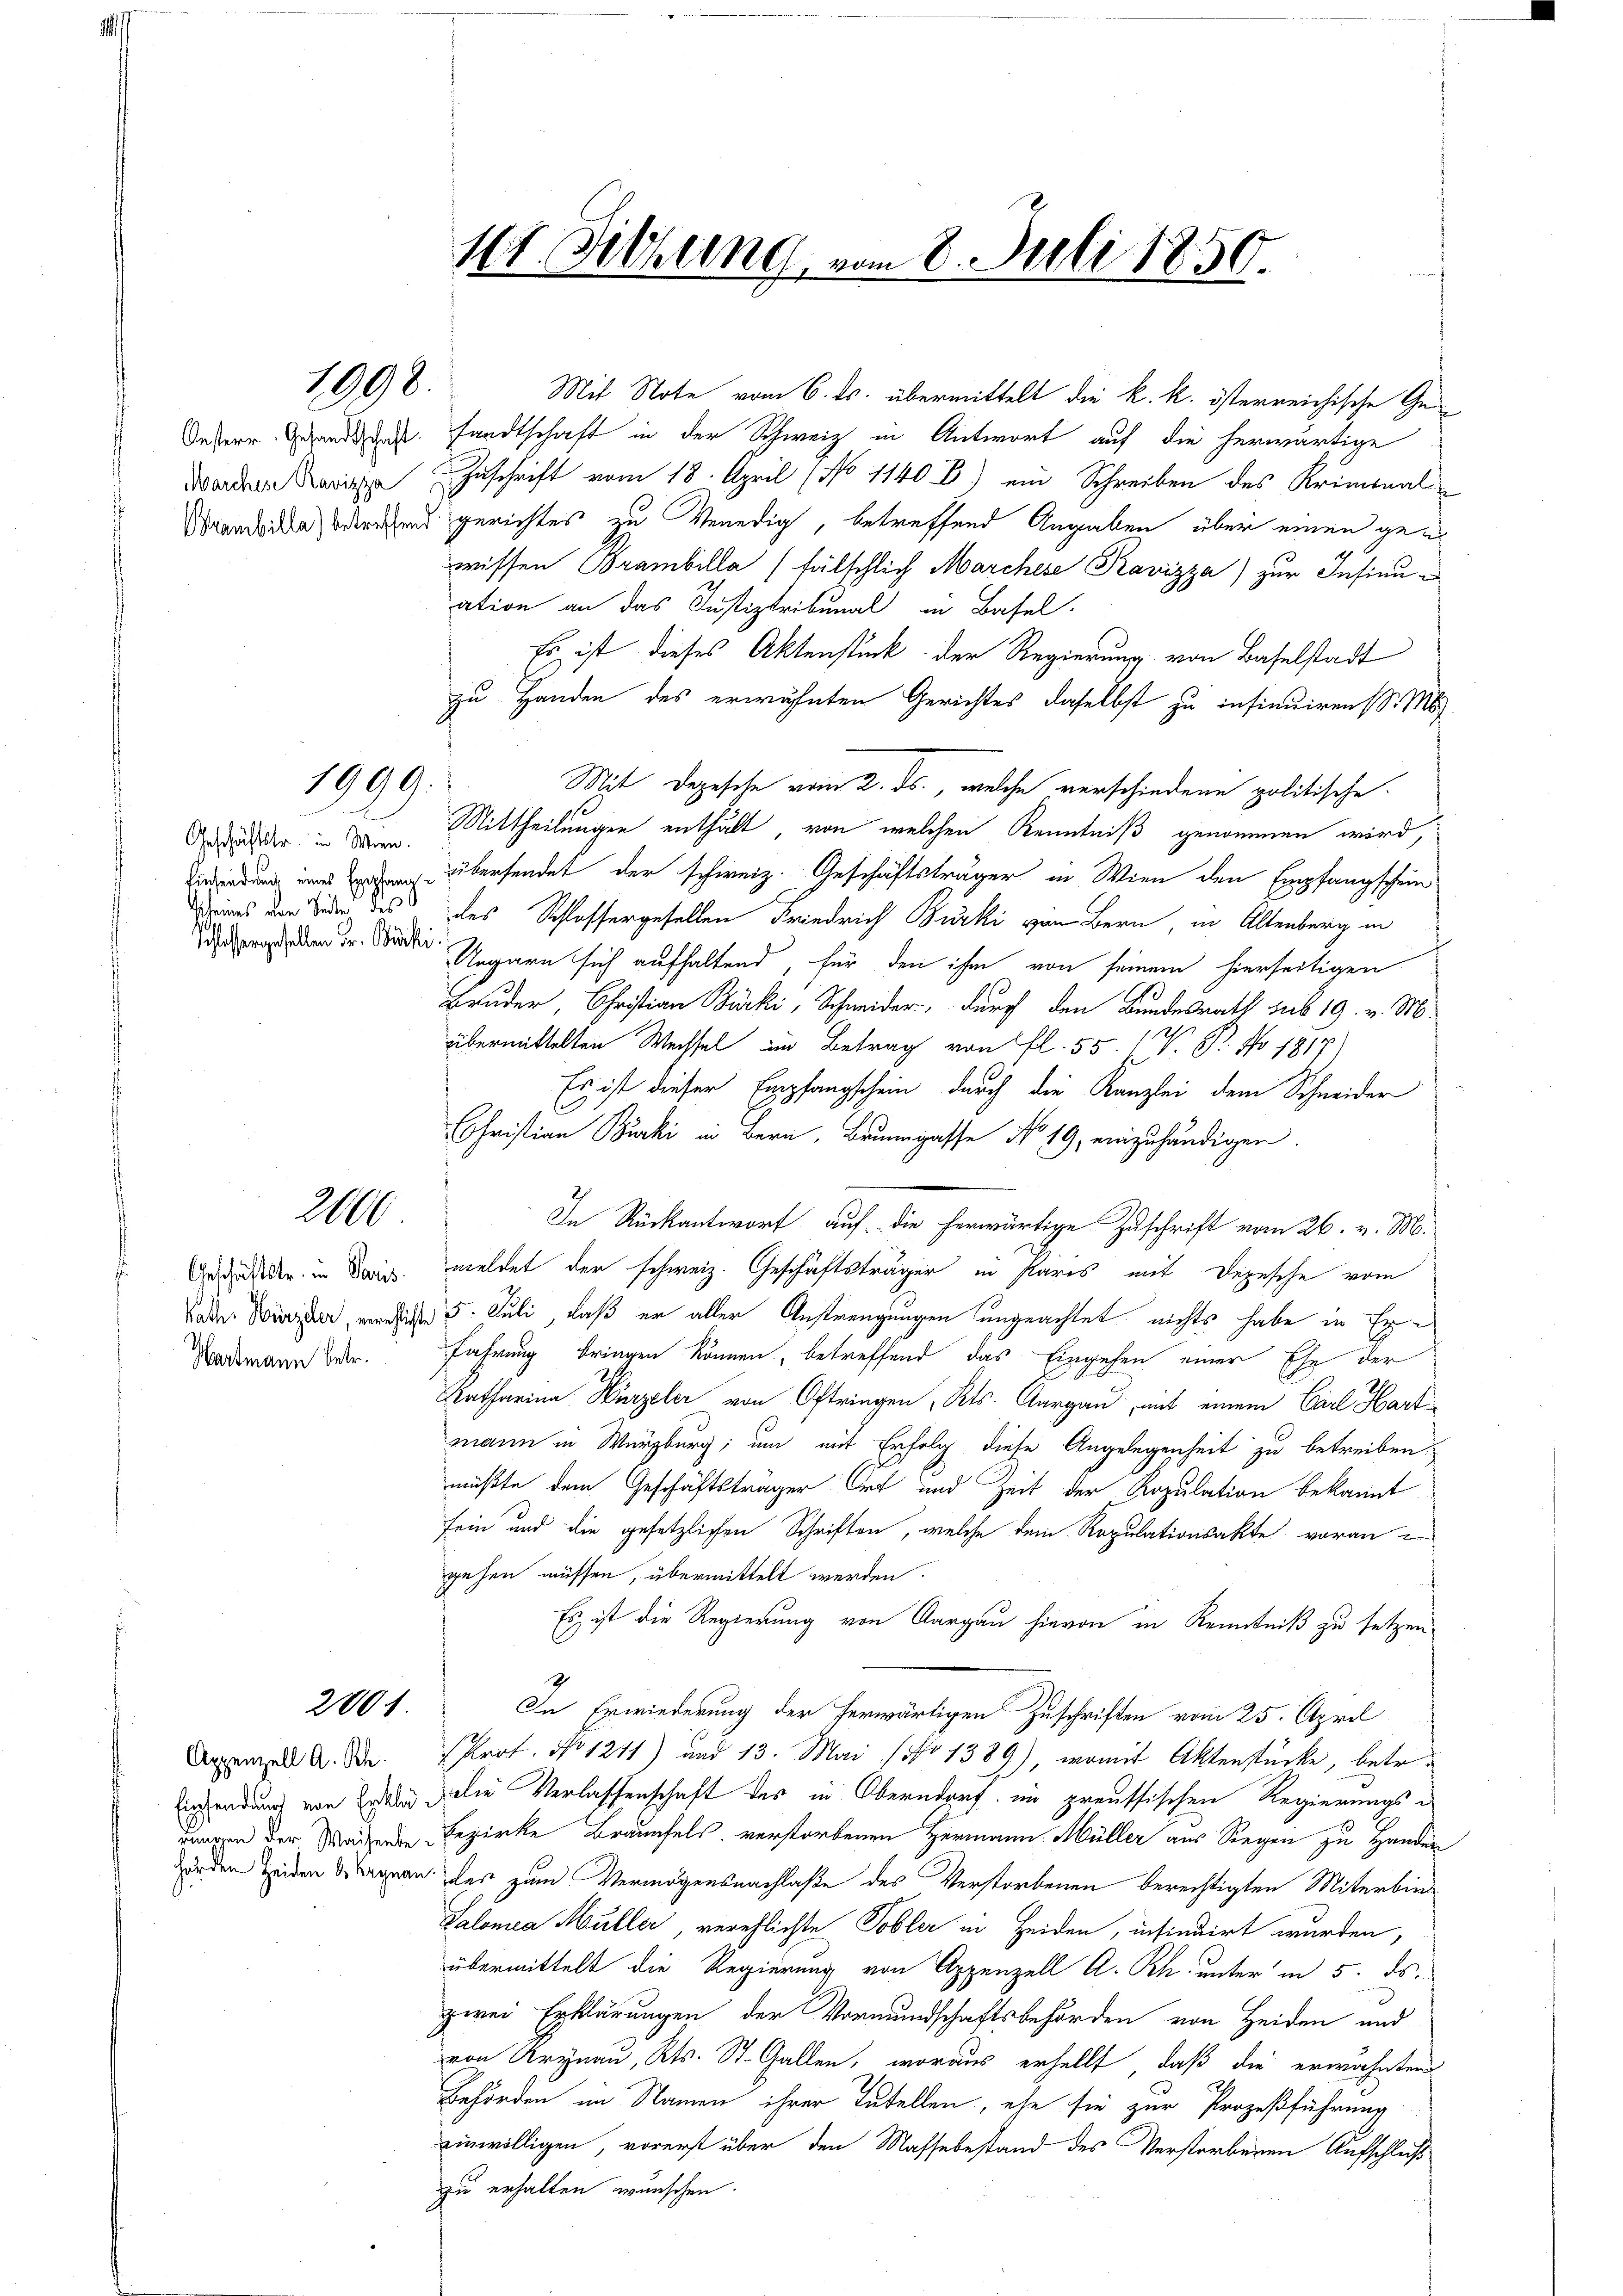
1998.

Oesterr. Gesandtschaft
Marchese Ravizza

1999.

Geschäftstr. in Wien.
Scheines von Seite des S
Schlossergesellen Fr. Bürki

2000

Geschäftste, in Paris.
Hartmann betr.

2001.

Appenzell A. Rh.
rungen der Waisenbe

1t. Sitzung, vom 8. Juli 1850.

sandtschaft in der Schweiz in Antwort auf die herwärtige
Zuschrift vom 18. April (No 1140 D) ein Schreiben des Kriminal-
Mandata der gerichtes zu Venedig, betreffend Angaben über einen gen
wissen Brambilla (fälschlich Marchese Kavizza) zur Insinui
ation an das Justiztribunal in Basel.
Es ist dieses Aktenstück der Regierung von Baselstadt
zu Handen des erwähnten Gerichtes daselbst zu insinuiren (S. M.
Mit Depesche vom 2. ds., welche verschiedene politische
Mittheilungen enthält, von welchen Kenntniß genommen wird,
   übersendet der schweiz. Geschäftsträger in Wien den Empfangschein
des Schlossergesellen Friedrich Burki von Bern, in Altenberg in
Ungarn sich aufhaltend, für den ihm von seinem hierseitigen
Bruder, Christian Bürki, Schneider, durch den Bundesrath sub 19. v. M.
übermittelten Wechsel in Betrag von fl. 55. IV 87. No 1917
Es ist dieser Empfangschein durch die Kanzlei dem Schneider
Christian Bürki in Bern, Brunngasse No 19, einzuhändigen.
In Rückantwort auf die herwärtige Zuschrift vom 26. v. M.
meldet der schweiz. Geschäftsträger in Paris mit Depesche vom
ader Wie 5. Juli, daß er aller Anstrengungen ungeachtet, nichts habe in Erfahrung bringen können, betreffend das Eingehen einer Ehe der
Aatharina Hirzeler von Oftringen Kts. Aargau, mit einem Carl Hartmann in Würzburg; um mit Erfolg, diese Angelegenheit zu betreiben.
müßte dem Geschäftsträger Ort und Zeit der Kopulation bekannt
sfein und die gesetzlichen Schriften, welche dem Repulationsakte voran
gehen müssen, übermittelt werden.
Es ist die Regierung von Aargau hievon in Kenntniß zu setzen.
2
In Erwiederung der herwärtigen Zuschriften vom 25. April
Prot. No 1241) und 13. Mai (No 1389), womit Aktenstücke, betr.
Einsendung von Frau die Verlassenschaft des in Oberndorf im preussischen Regierungs¬
Bezirke Braunfels, verstorbenen Hermann Müller aus Siegen zu Hander
erden beiden an des zum Vermögensnachlaße des Verstorbenen berechtigten Miterbin¬
Salomea Müller, verehlichte Tobler in Heiden, infindirt wurden,
übermittelt die Regierung von Appenzell A. Rh. unter in 5. ds.
zwei Erklärungen der Vormundschaftsbehörden von Heiden und
von Krynau, Kts. St. Gallen, woraus erhellt, daß die erwähnten
Behörden im Namen ihrer Tutellen, ehe sie zur Prozeßführung
einwilligen, vorerst über den Masse bestand des Verstorbenen Aufschluß
zu erhalten wünschen.

Mit Note vom 6. ds. übermittelt die k. k. österreichische Ge